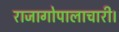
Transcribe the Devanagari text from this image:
राजागोपालाचारी।